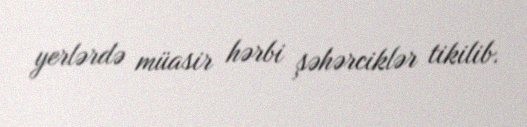
yerlərdə müasir hərbi şəhərciklər tikilib.